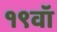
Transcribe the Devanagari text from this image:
१९वॉ